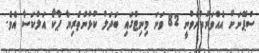
ސްޕޭނަށް އެއްވަރުކުރެވުނީ 82 ވަނަ މިނިޓްގައި ބަދަލު ކުޅުންތެރިޔާ ޕާކޯ އަލްކަސާ އެވެ.